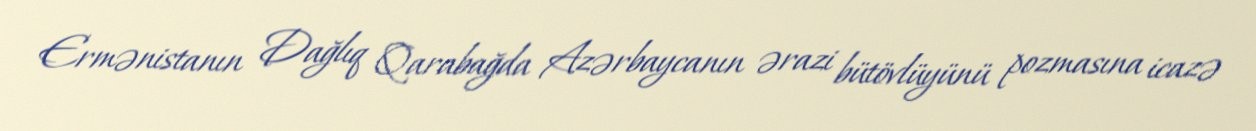
Ermənistanın Dağlıq Qarabağda Azərbaycanın ərazi bütövlüyünü pozmasına icazə